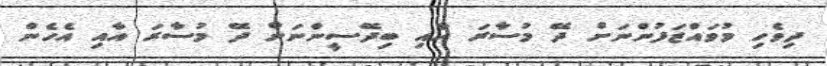
ދިވެހި މުވައްޒަފުންނަށް ދޭ މުސާރަ އާއި ބިދޭސީންނަށް ދޭ މުސާރަ އާއި އެހެން